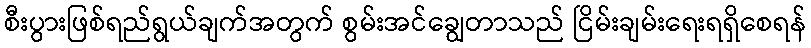
စီးပွားဖြစ်ရည်ရွယ်ချက်အတွက် စွမ်းအင်ချွေတာသည် ငြိမ်းချမ်းရေးရရှိစေရန်